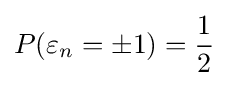
P(\varepsilon _{n}=\pm 1)={\frac {1}{2}}